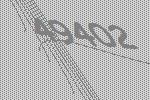
49402